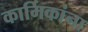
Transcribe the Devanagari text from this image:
कार्मिकांना